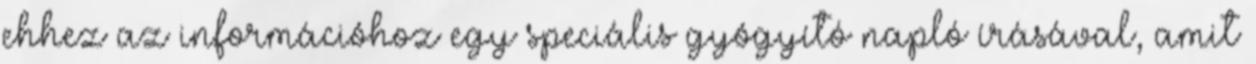
ehhez az információhoz egy speciális gyógyító napló írásával, amit